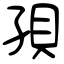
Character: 孭